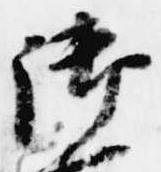
御